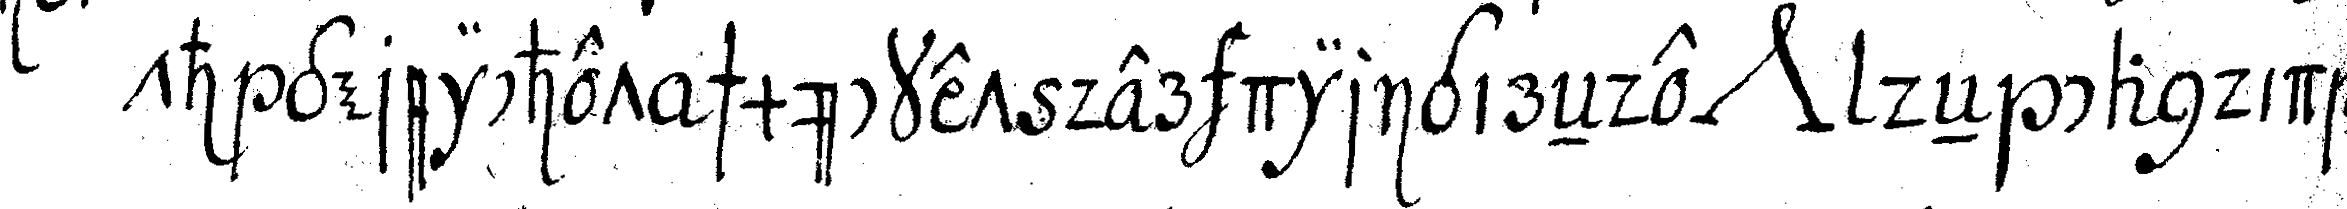
th gereichet schmücket der dirigireNde *nee* deN candida